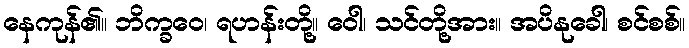
နေကုန်၏။ ဘိက္ခဝေ၊ ရဟန်းတို့။ ဝေါ၊ သင်တို့အား။ အပိနုခေါ၊ စင်စစ်။